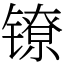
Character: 镣